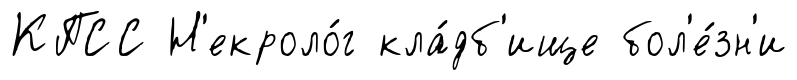
КПСС Н'екроло́г кла́дб'ище бол'е́зн'и